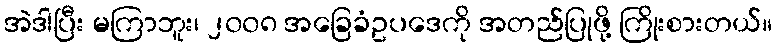
အဲဒါပြီး မကြာဘူး၊ ၂၀၀၈ အခြေခံဥပဒေကို အတည်ပြုဖို့ ကြိုးစားတယ်။